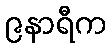
၉နာရီက